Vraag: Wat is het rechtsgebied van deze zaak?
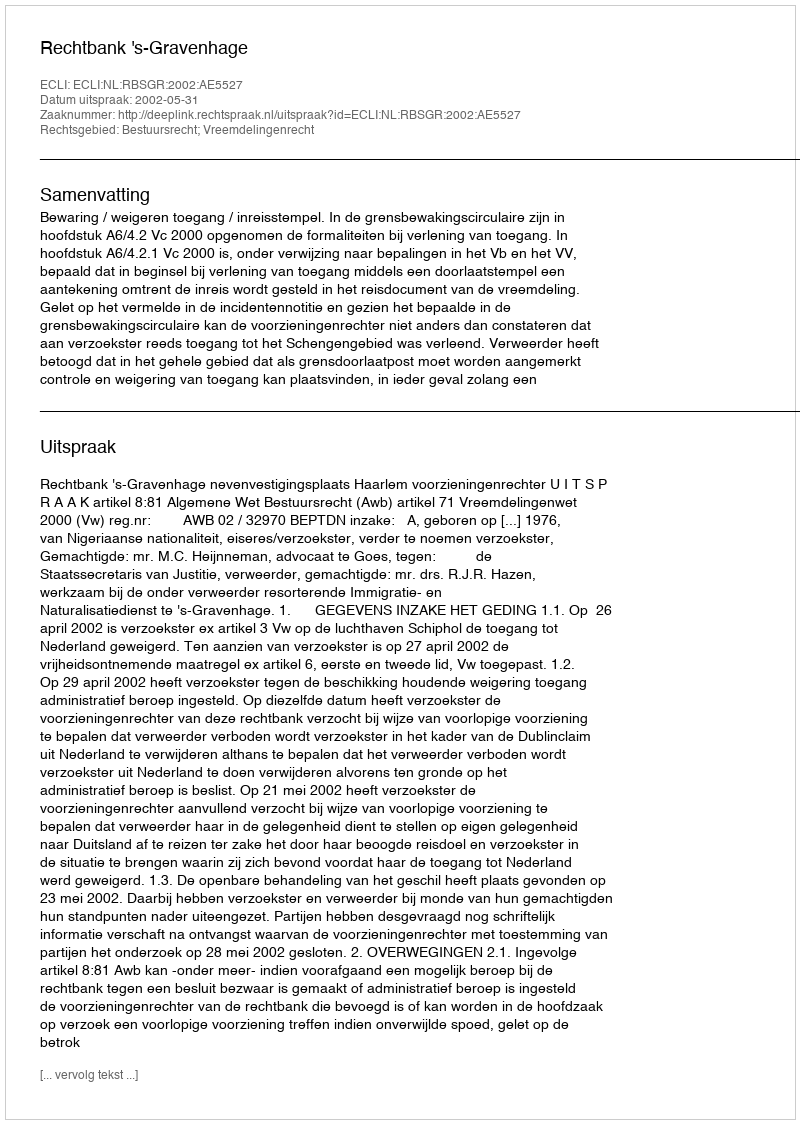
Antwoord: Bestuursrecht; Vreemdelingenrecht